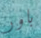
باور